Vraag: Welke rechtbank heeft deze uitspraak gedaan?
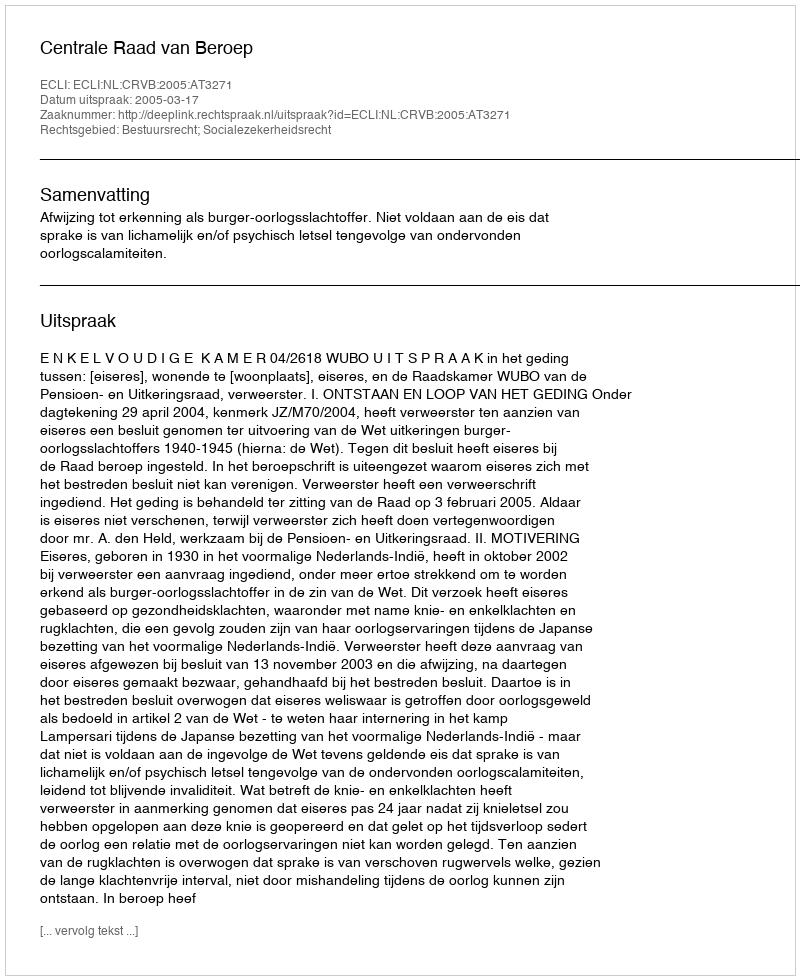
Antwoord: Centrale Raad van Beroep